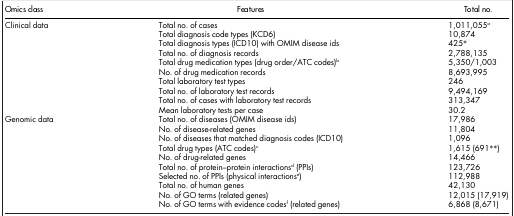
| Omics class | Features | Total no. |
 | --- | --- | --- |
 | Clinical data | Total no. of cases | 1,011,055a |
 |  | Total diagnosis code types (KCD6) | 10,874 |
 |  | Total diagnosis types (ICD10) with OMIM disease ids | 425* |
 |  | Total no. of diagnosis records | 2,788,135 |
 |  | Total drug medication types (drug order/ATC codes)b | 5,350/1,003 |
 |  | No. of drug medication records | 8,693,995 |
 |  | Total laboratory test types | 246 |
 |  | Total no. of laboratory test records | 9,494,169 |
 |  | Total no. of cases with laboratory test records | 313,347 |
 |  | Mean laboratory tests per case | 30.2 |
 | Genomic data | Total no. of diseases (OMIM disease ids) | 17,986 |
 |  | No. of disease-related genes | 11,804 |
 |  | No. of diseases that matched diagnosis codes (ICD10) | 1,096 |
 |  | Total drug types (ATC codes)c | 1,615 (691**) |
 |  | No. of drug-related genes | 14,466 |
 |  | Total no. of protein–protein interactionsd (PPIs) | 123,726 |
 |  | Selected no. of PPIs (physical interactionse) | 112,988 |
 |  | Total no. of human genes | 42,130 |
 |  | No. of GO terms (related genes) | 12,015 (17,919) |
 |  | No. of GO terms with evidence codesf (related genes) | 6,868 (8,671) |